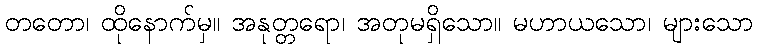
တတော၊ ထိုနောက်မှ။ အနုတ္တရော၊ အတုမရှိသော။ မဟာယသော၊ များသော